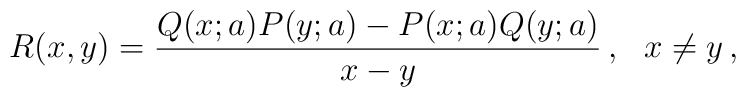
R(x,y) = {Q(x;a)P(y;a)-P(x;a) Q(y;a)\over x-y}\, , \ \ x\neq y\, ,